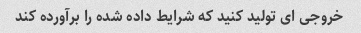
خروجی ای تولید کنید که شرایط داده شده را برآورده کند